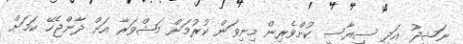
ނަޝީދު އަދި ސިޔާސީ ކުށްވެރިން މިނިވަން ކުރުމަށް މަޝްވަރާ އަށް ދާންޖެހޭ ކަމަށް